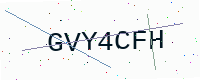
Text: GVY4CFH